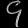
Digit: ၄